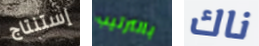
إستنتاج بالترتيب ناك